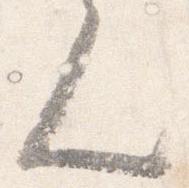
人